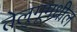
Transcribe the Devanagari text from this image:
तेलुगूमधील